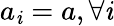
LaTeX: a_{\mathit{i}}=a,\forall\mathit{i}